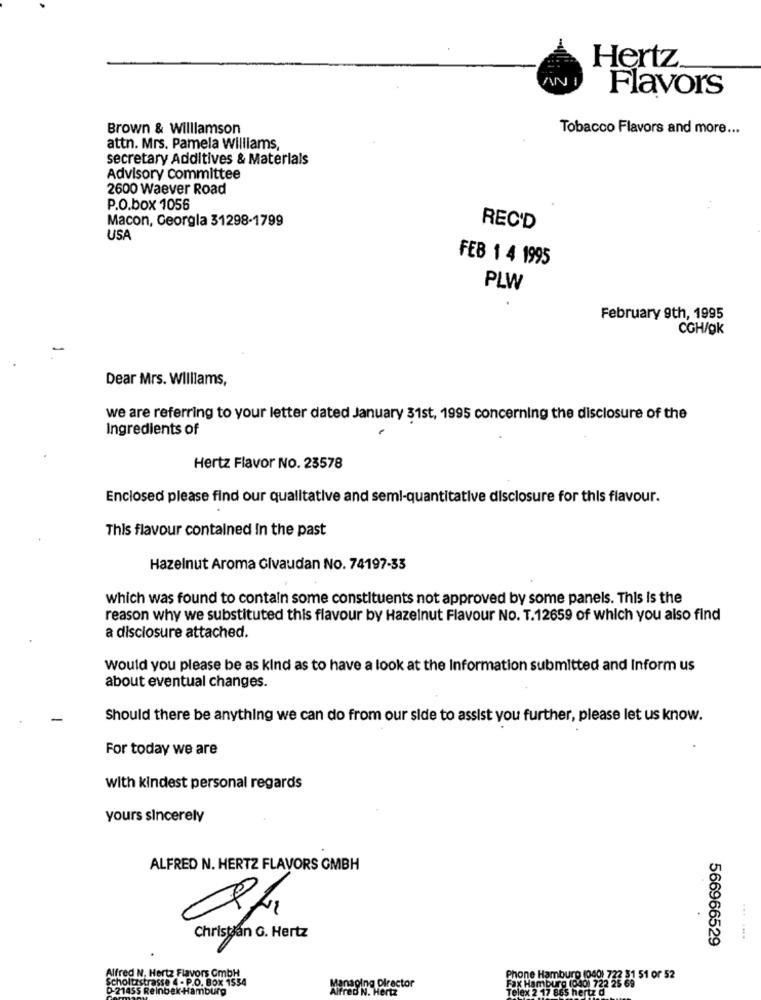
Hertz
AN
Flavors
Brown & Williamson
Tobacco Flavors and more ...
attn. Mrs. Pamela Williams,
secretary Additives & Materials
Advisory committee
2600 Waever Road
P.O.box 1056
Macon, Georgla 31298-1799
REC'D
USA
FEB 1 4 1995
PLW
February 9th, 1995
CGH/gk
Dear Mrs. Williams,
we are referring to your letter dated January 31st, 1995 concerning the disclosure of the
Ingredients of
Hertz Flavor No. 23578
Enclosed please find our qualitative and semi-quantitative disclosure for this flavour.
This flavour contained In the past
Hazelnut Aroma Givaudan No. 74197-33
which was found to contain some constituents not approved by some panels. This is the
reason why we substituted this flavour by Hazelnut Flavour No. T.12659 of which you also find
a disclosure attached.
would you please be as kind as to have a look at the Information submitted and Inform us
about eventual changes.
Should there be anything we can do from our side to assist you further, please let us know.
For today we are
with kindest personal regards
yours sincerely
ALFRED N. HERTZ FLAVORS GMBH
Christian G. Hertz
566966529
.......
Scholtzstrasse 4 - P.O. Box 1554
Alfred N. Hertz Flavors GmbH
Phone Hamburg (040) 722 31 51 or 52
D-21455 Reinbek-Hamburg
laging Director
Fax Hamburg (040) 722 25 69
Telex 2 17 865 hertz